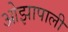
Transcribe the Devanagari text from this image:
ओझापाली